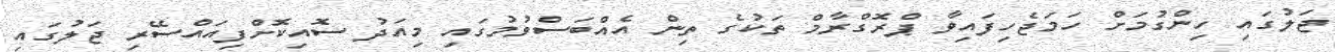
ޖަލުގައި ހިންގުމަށް ހަމަޖެހިފައިވާ ޕްރޮގްރާމް ތަކުގެ ތިން އެއްބަސްވުމުގައި މިއަދު ސޮއިކޮށްފިއައްސޭރި ޖަލުގައި